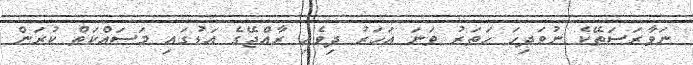
ނަވާރަސަތޭކެ ނުވަދިހަ ހަތަރު ވަނަ އަހަރު ދިވެހި ރާއްޖޭގެ އަޑުގައި މަސައްކަތް ކުރަން